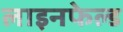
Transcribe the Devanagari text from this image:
लाइनफेल्ड